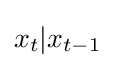
x_{t}|x_{t-1}